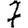
Digit: 7